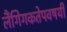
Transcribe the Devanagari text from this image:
लैंगिगकतेपवषयी